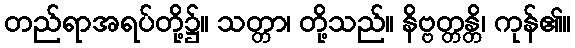
တည်ရာအရပ်တို့၌။ သတ္တာ၊ တို့သည်။ နိဗ္ဗတ္တန္တိ၊ ကုန်၏။